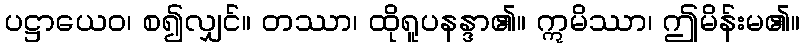
ပဋ္ဌာယေဝ၊ စ၍လျှင်။ တဿာ၊ ထိုရူပနန္ဒာ၏။ ဣမိဿာ၊ ဤမိန်းမ၏။